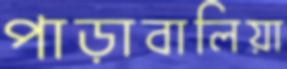
পাড়াবালিয়া